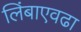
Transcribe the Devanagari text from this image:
लिंबाएवढा